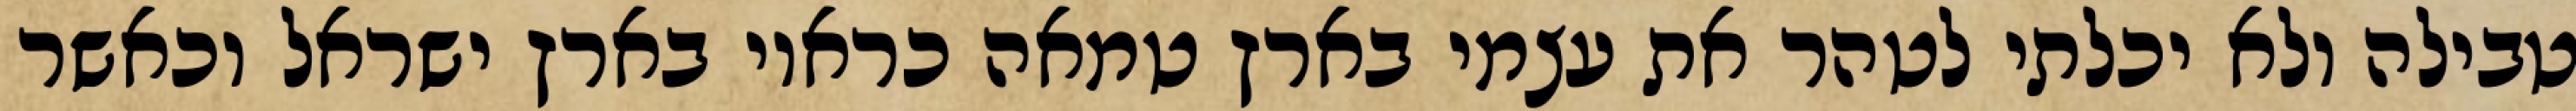
טבילה ולא יכלתי לטהר את עצמי בארץ טמאה כראוי בארץ ישראל וכאשר